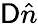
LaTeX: \mathsf{D}\hat{{n}}